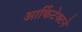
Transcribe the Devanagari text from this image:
आर्किटेक्‍टने